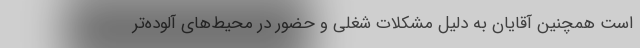
است همچنین آقایان به دلیل مشکلات شغلی و حضور در محیط‌های آلوده‌تر